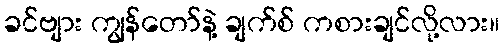
ခင်ဗျား ကျွန်တော်နဲ့ ချက်စ် ကစားချင်လို့လား။